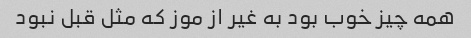
همه چیز خوب بود به غیر از موز که مثل قبل نبود